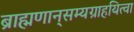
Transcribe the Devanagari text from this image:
ब्राह्मणान्‌सम्यग्राहयित्वा